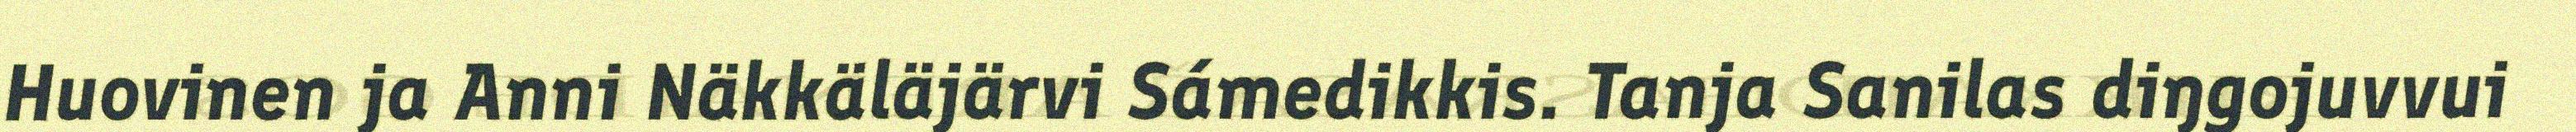
Huovinen ja Anni Näkkäläjärvi Sámedikkis. Tanja Sanilas diŋgojuvvui